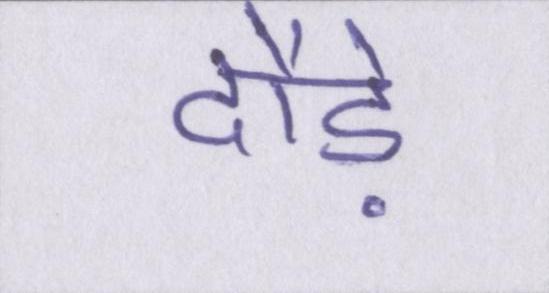
दौड़े